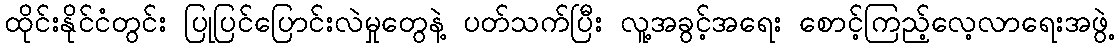
ထိုင်းနိုင်ငံတွင်း ပြုပြင်ပြောင်းလဲမှုတွေနဲ့ ပတ်သက်ပြီး လူ့အခွင့်အရေး စောင့်ကြည့်လေ့လာရေးအဖွဲ့